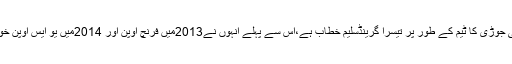
یہ دوسری سیڈ حاصل روسی جوڑی کا ٹیم کے طور پر تیسرا گرینڈسلیم خطاب ہے،اس سے پہلے انہوں نے2013میں فرنچ اوپن اور 2014میں یو ایس اوپن خواتین ڈبلز کا خطاب جیتا تھا۔